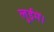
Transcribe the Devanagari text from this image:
लुईमें।